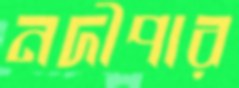
নদীপার